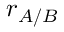
r _ { A / B }